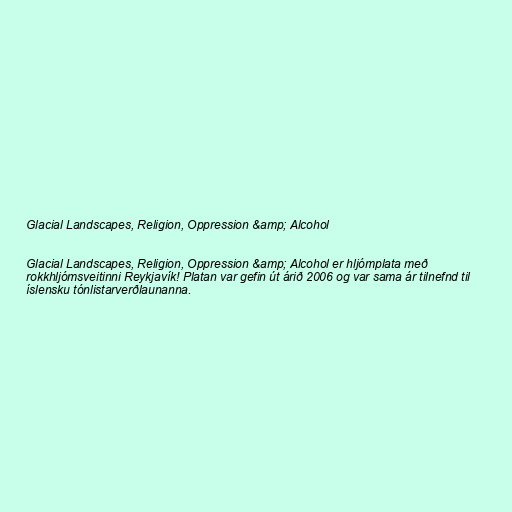
Glacial Landscapes, Religion, Oppression &amp; Alcohol

Glacial Landscapes, Religion, Oppression &amp; Alcohol er hljómplata með
rokkhljómsveitinni Reykjavík! Platan var gefin út árið 2006 og var sama ár tilnefnd til
íslensku tónlistarverðlaunanna.